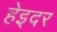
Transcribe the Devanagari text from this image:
हेइदर